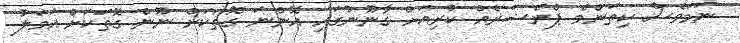
ނަމަވެސް ކިތަންމެ ޕްރެޝަރެއް ކުރިއަށް ގާނޫނުގައި އޮންނަ ގޮތަކަށް ނޫން ގޮތަކަށް އަމަލު